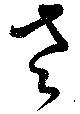
老